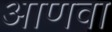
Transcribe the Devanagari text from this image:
आणवा